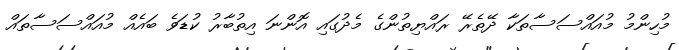
މުހިންމު މުއައްސަސާތަކާ ދޭތެރޭ ރައްޔިތުންގެ މެދުގައި އޮންނަ އިތުބާރު ކުޑަވެ ބައެއް މުއައްސަސާތައް